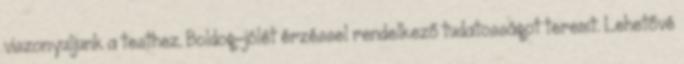
viszonyuljunk a testhez. Boldog-jólét érzéssel rendelkező tudatosságot teremt. Lehetővé